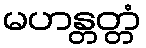
မဟန္တတ္တံ